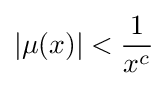
|\mu (x)|<{\frac {1}{x^{c}}}